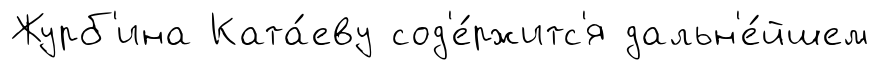
Журб'ина Ката́еву сод'е́ржитс'я дальн'е́йшем